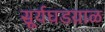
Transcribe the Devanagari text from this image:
सूर्यघडय़ाळ